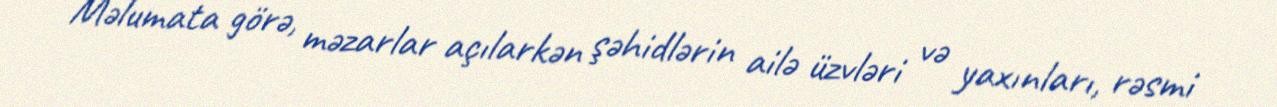
Məlumata görə, məzarlar açılarkən şəhidlərin ailə üzvləri və yaxınları, rəsmi